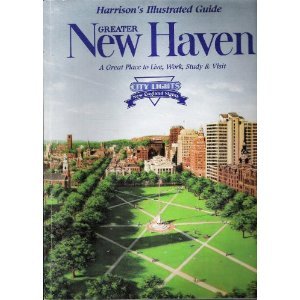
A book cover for Greater New Haven: A Great Place to Live, Work, Study & Visit (Harrison's Illustrated Guide); Henry S Harrison; Travel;